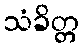
သံခိတ္တ